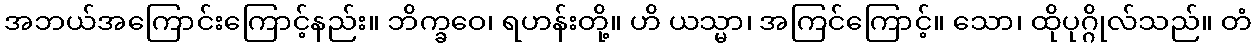
အဘယ်အကြောင်းကြောင့်နည်း။ ဘိက္ခဝေ၊ ရဟန်းတို့။ ဟိ ယသ္မာ၊ အကြင်ကြောင့်။ သော၊ ထိုပုဂ္ဂိုလ်သည်။ တံ